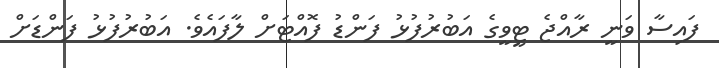
ފައިސާ ވަނީ ރާއްޖެ ޓީވީގެ އަބުރުފުޅު ފަންޑު ފޮއްޓަށް ލާފައެވެ. އަބުރުފުޅު ފަންޑަށް